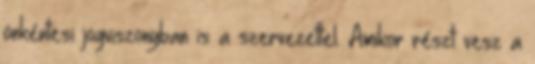
önkéntesi jogviszonyban is a szervezettel. Amikor részt vesz a